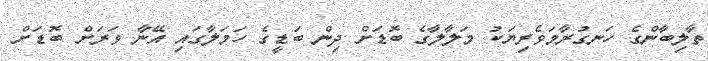
ތާލިބާންގެ ހަނގުރާމަވެރިޔަކު މަލާލާގެ ބޮޑަށް ދިން ބަޑީގެ ހަމަލާގައި އޭނާ ވަރަށް ބޮޑަށް